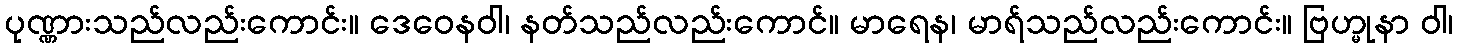
ပုဏ္ဏားသည်လည်းကောင်း။ ဒေဝေနဝါ၊ နတ်သည်လည်းကောင်။ မာရေန၊ မာရ်သည်လည်းကောင်း။ ဗြဟ္မုနာ ဝါ၊